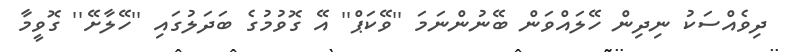
ދިވެއްސަކު ނިދިން ހޭލައްވަން ބޭނުންނަމަ ''ވޭކަޕް'' އޭ ގޮވުމުގެ ބަދަލުގައި ''ހޭލާށޭ'' ގޮވީމާ